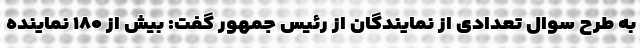
به طرح سوال تعدادی از نمایندگان از رئیس جمهور گفت: بیش از ۱۸۰ نماینده